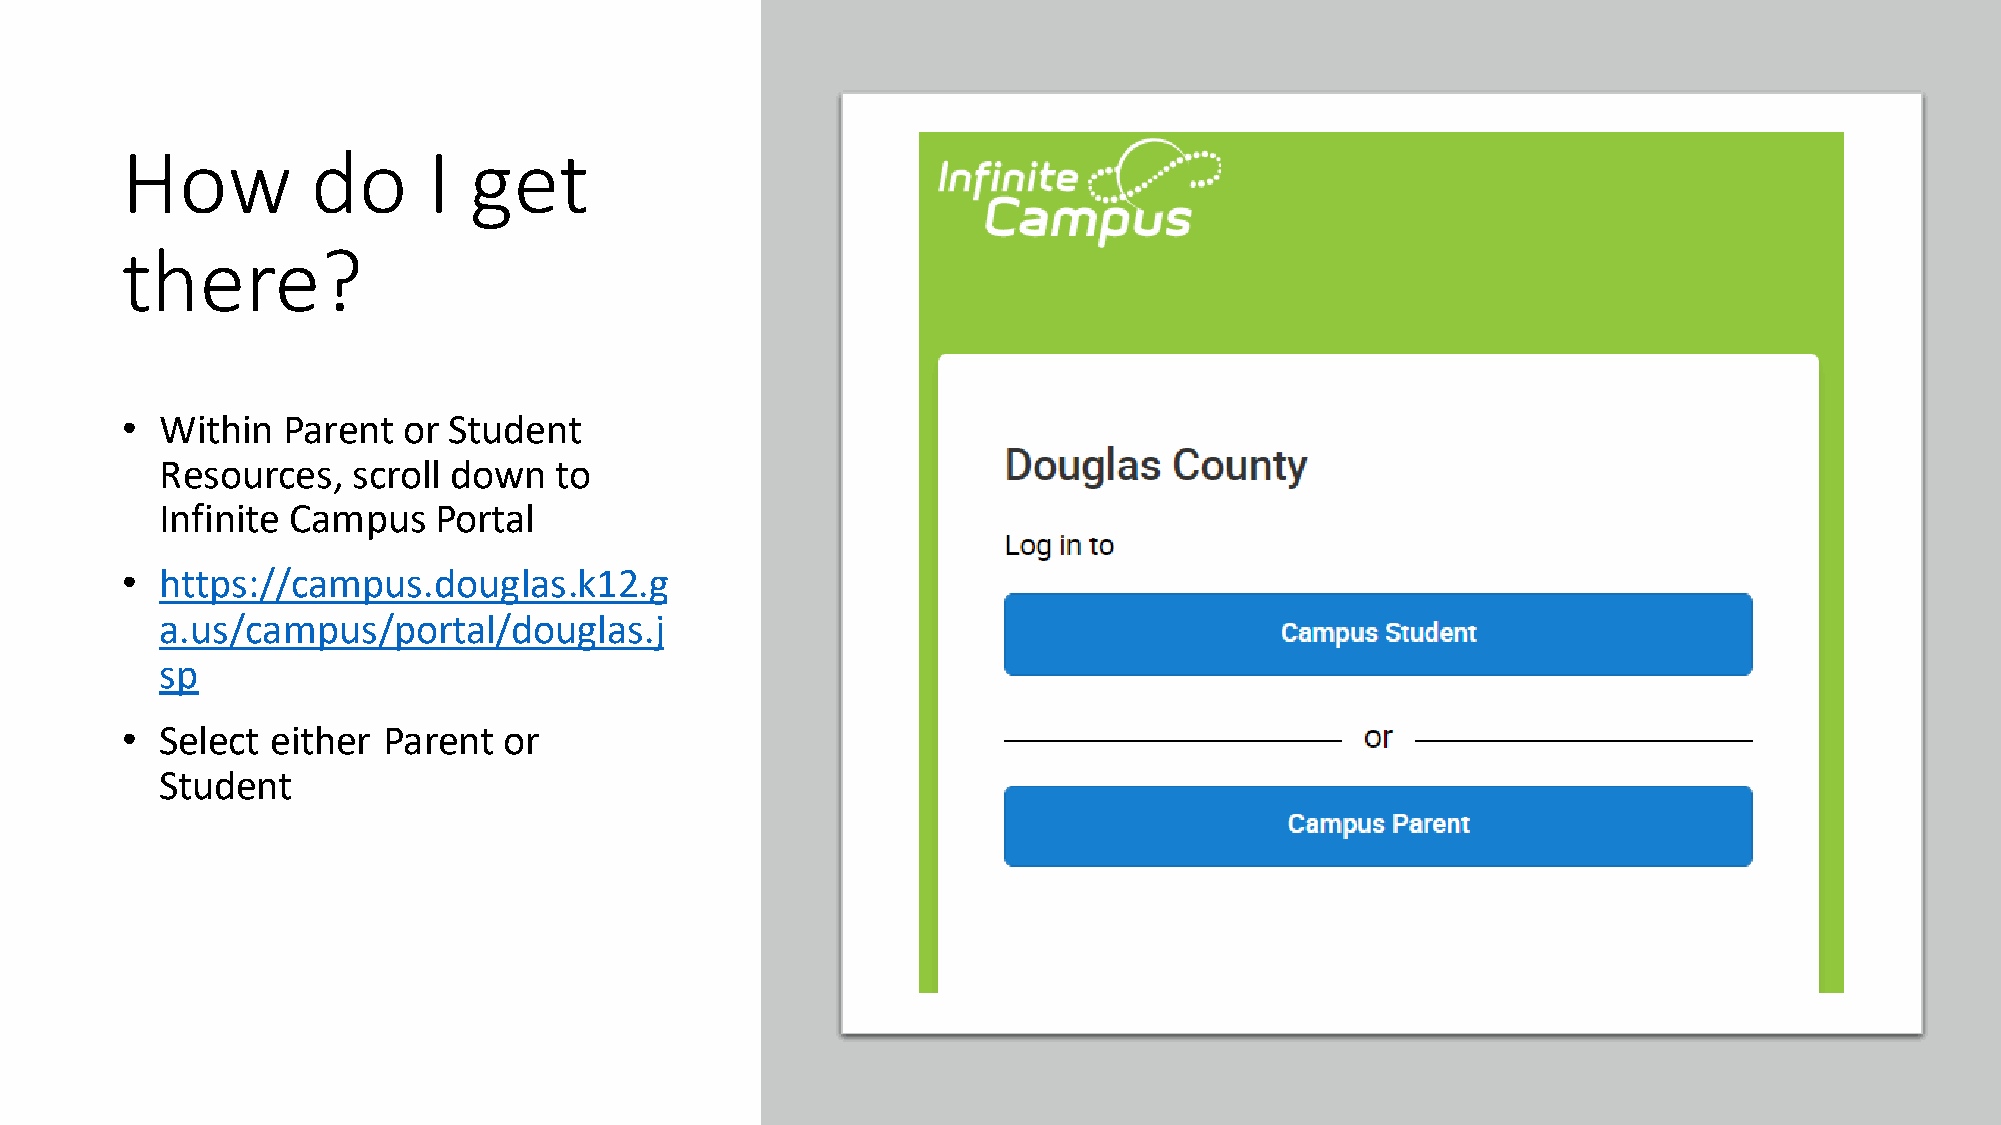
How          do     I  get
 there?
 •  Within  Parent  or Student
 Resources,  scroll down   to
 Infinite Campus   Portal
 •  https://campus.douglas.k12.g
 a.us/campus/portal/douglas.j
 sp
 •  Select either Parent  or
 Student